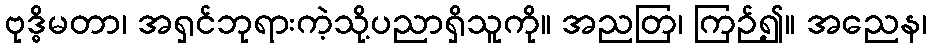
ဗုဒ္ဓိမတာ၊ အရှင်ဘုရားကဲ့သို့ပညာရှိသူကို။ အညတြ၊ ကြဉ်၍။ အညေန၊